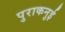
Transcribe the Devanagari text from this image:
पुराकनुई